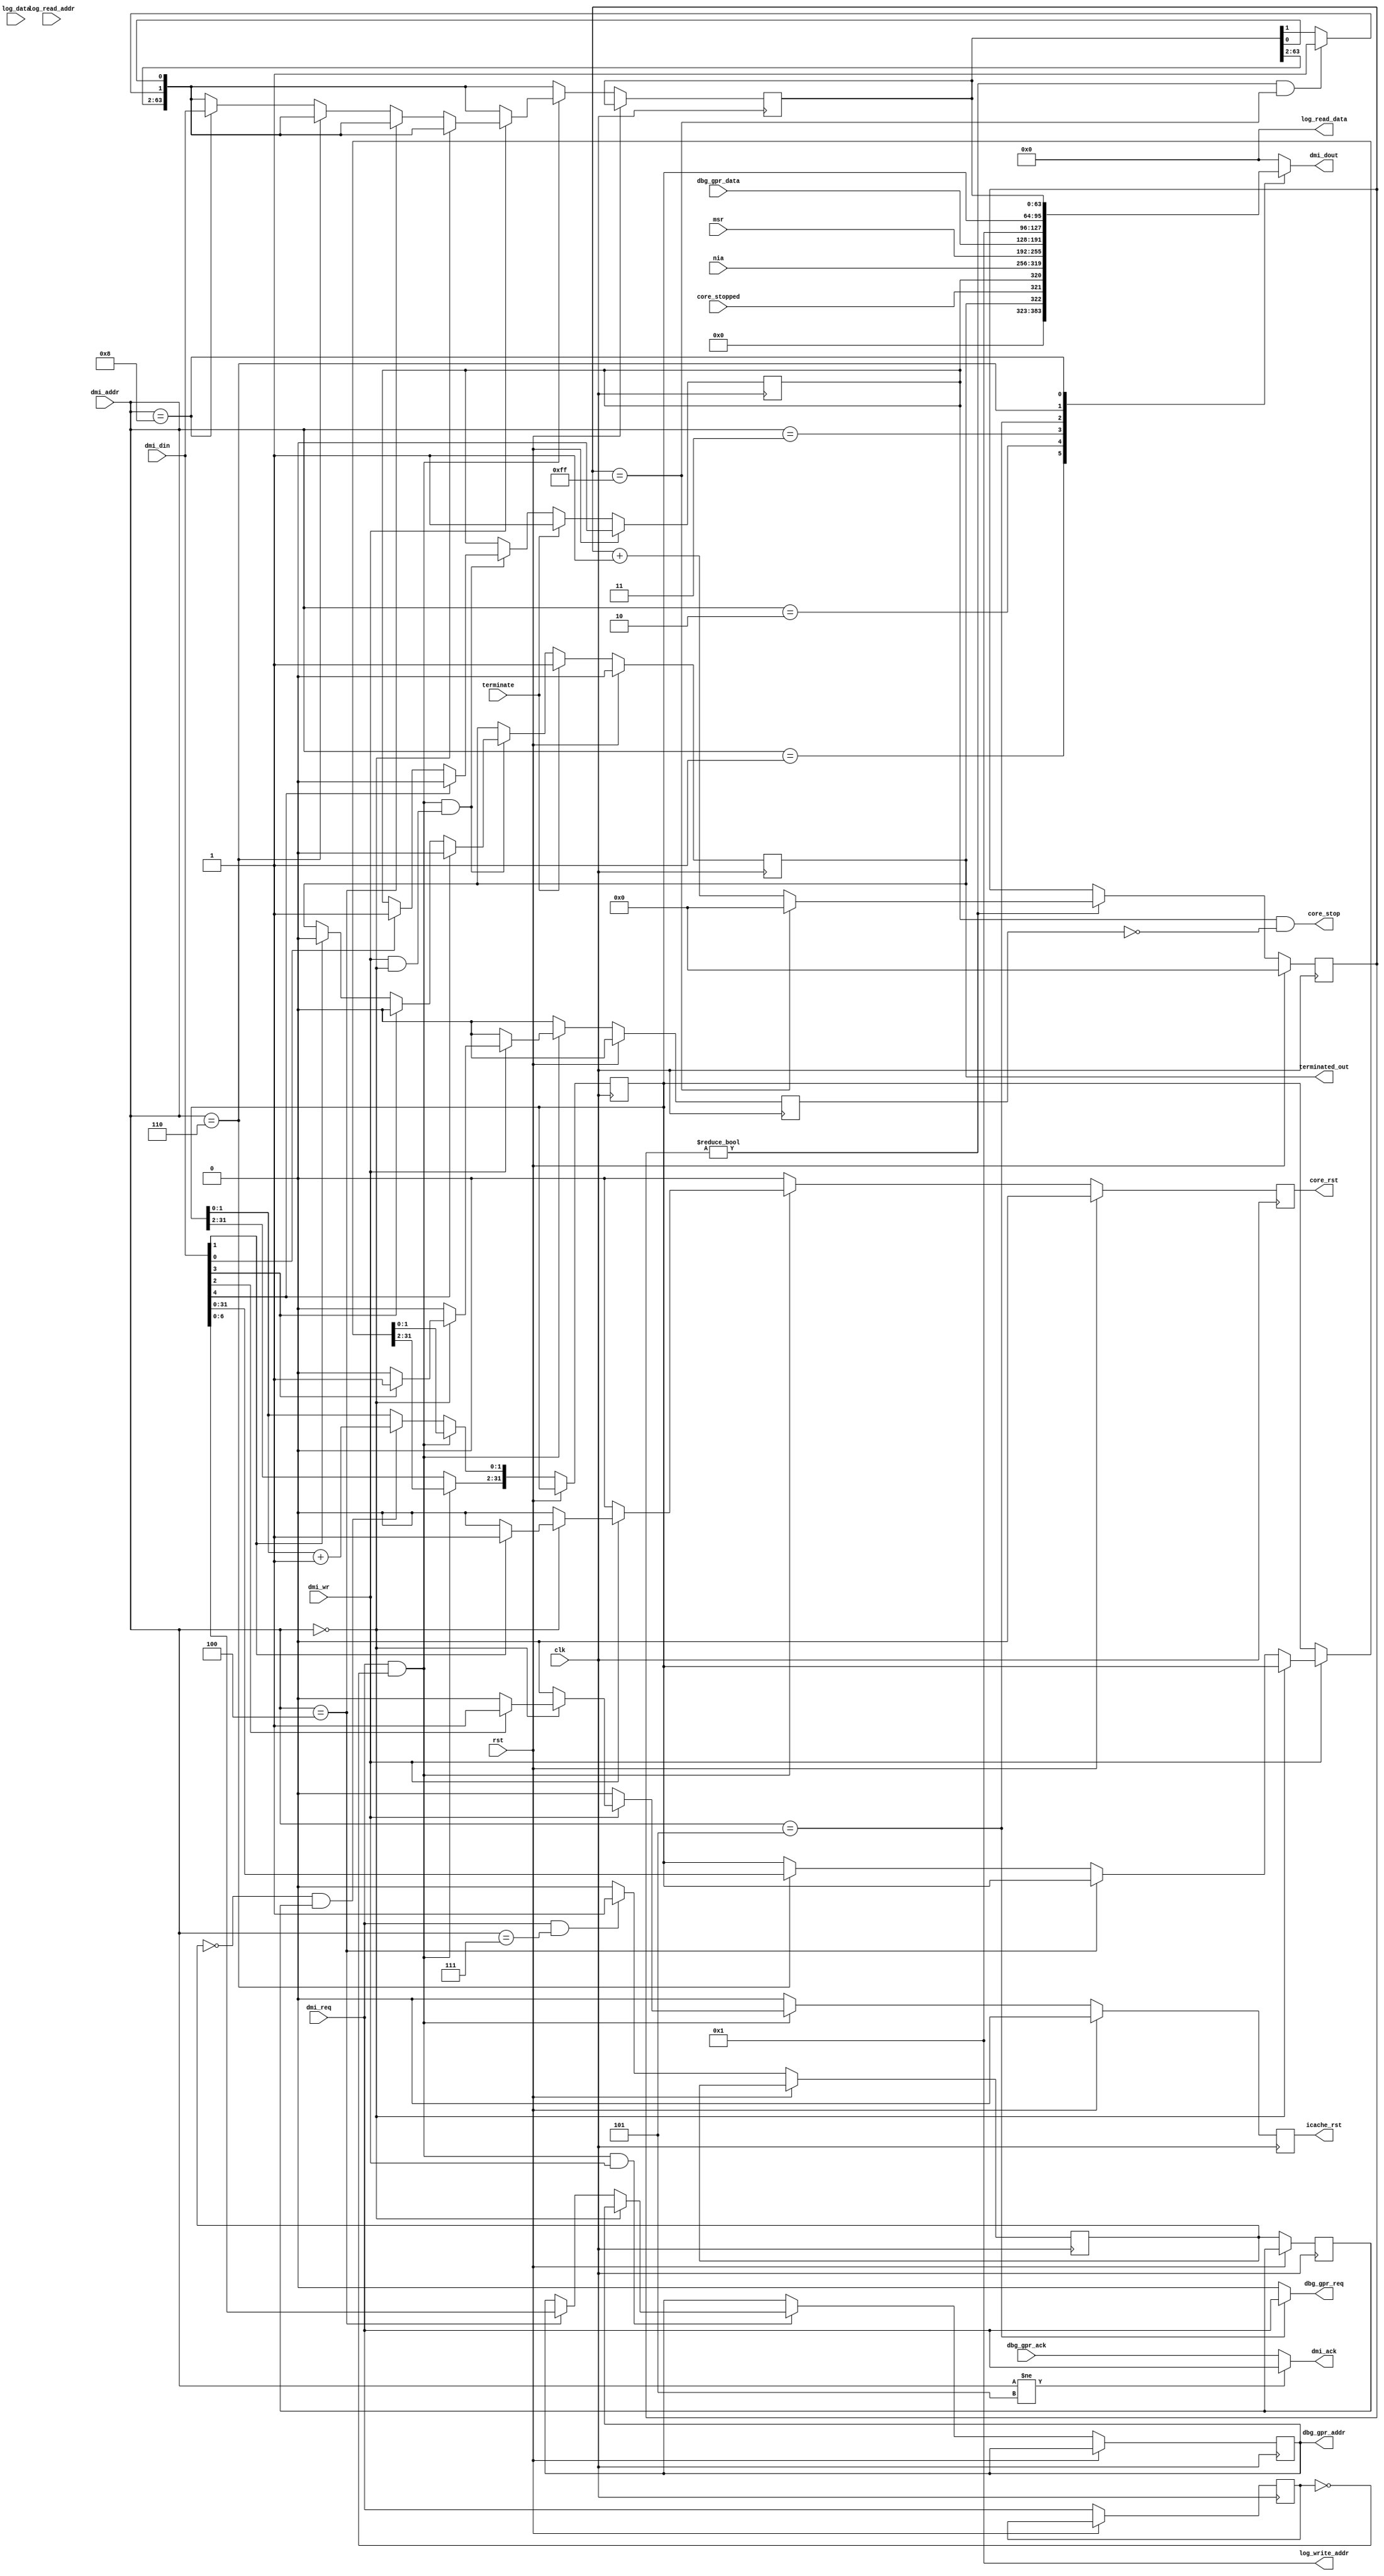
// This program was cloned from: https://github.com/NYU-MLDA/OpenABC
// License: BSD 3-Clause "New" or "Revised" License

module core_debug_0(clk, rst, dmi_addr, dmi_din, dmi_req, dmi_wr, terminate, core_stopped, nia, msr, dbg_gpr_ack, dbg_gpr_data, log_data, log_read_addr, dmi_dout, dmi_ack, core_stop, core_rst, icache_rst, dbg_gpr_req, dbg_gpr_addr, log_read_data, log_write_addr, terminated_out);
  wire _00_;
  wire _01_;
  wire _02_;
  wire _03_;
  wire _04_;
  wire _05_;
  wire _06_;
  wire _07_;
  wire _08_;
  wire _09_;
  wire _10_;
  wire [63:0] _11_;
  wire _12_;
  wire _13_;
  wire _14_;
  wire [31:0] _15_;
  wire _16_;
  wire [7:0] _17_;
  wire _18_;
  wire [7:0] _19_;
  wire _20_;
  wire _21_;
  wire _22_;
  wire _23_;
  wire _24_;
  wire _25_;
  wire _26_;
  wire _27_;
  wire _28_;
  wire _29_;
  wire _30_;
  wire _31_;
  wire _32_;
  wire _33_;
  wire [63:0] _34_;
  wire [31:0] _35_;
  wire [63:0] _36_;
  wire [6:0] _37_;
  wire [31:0] _38_;
  wire [63:0] _39_;
  wire _40_;
  wire _41_;
  wire _42_;
  wire _43_;
  wire _44_;
  wire [6:0] _45_;
  wire [31:0] _46_;
  wire [63:0] _47_;
  wire _48_;
  wire _49_;
  wire _50_;
  wire _51_;
  wire _52_;
  wire [6:0] _53_;
  wire [31:0] _54_;
  wire [63:0] _55_;
  wire _56_;
  wire _57_;
  wire [1:0] _58_;
  wire [1:0] _59_;
  wire _60_;
  wire _61_;
  wire _62_;
  wire _63_;
  wire _64_;
  wire _65_;
  wire [1:0] _66_;
  wire [29:0] _67_;
  wire [63:0] _68_;
  wire _69_;
  wire _70_;
  wire _71_;
  wire _72_;
  wire _73_;
  wire _74_;
  wire _75_;
  wire _76_;
  wire _77_;
  wire _78_;
  wire _79_;
  wire [6:0] _80_;
  wire [31:0] _81_;
  wire [63:0] _82_;
  wire _83_;
  wire _84_;
  wire [7:0] _85_;
  reg _86_;
  reg _87_;
  reg _88_;
  reg _89_;
  reg _90_;
  reg _91_;
  reg [6:0] _92_;
  reg [31:0] _93_ = 32'd0;
  reg [63:0] _94_ = 64'h0000000000000000;
  reg _95_;
  reg _96_;
  reg [7:0] _97_ = 8'h00;
  wire _98_;
  wire _99_;
  input clk;
  wire clk;
  output core_rst;
  wire core_rst;
  output core_stop;
  wire core_stop;
  input core_stopped;
  wire core_stopped;
  input dbg_gpr_ack;
  wire dbg_gpr_ack;
  output [6:0] dbg_gpr_addr;
  wire [6:0] dbg_gpr_addr;
  input [63:0] dbg_gpr_data;
  wire [63:0] dbg_gpr_data;
  output dbg_gpr_req;
  wire dbg_gpr_req;
  output dmi_ack;
  wire dmi_ack;
  input [3:0] dmi_addr;
  wire [3:0] dmi_addr;
  input [63:0] dmi_din;
  wire [63:0] dmi_din;
  output [63:0] dmi_dout;
  wire [63:0] dmi_dout;
  wire dmi_read_log_data;
  wire dmi_read_log_data_1;
  input dmi_req;
  wire dmi_req;
  wire dmi_req_1;
  input dmi_wr;
  wire dmi_wr;
  wire do_icreset;
  wire do_log_trigger;
  wire do_reset;
  wire do_step;
  wire [6:0] gspr_index;
  output icache_rst;
  wire icache_rst;
  input [255:0] log_data;
  wire [255:0] log_data;
  wire [31:0] log_dmi_addr;
  wire [63:0] log_dmi_data;
  wire [63:0] log_dmi_trigger;
  input [31:0] log_read_addr;
  wire [31:0] log_read_addr;
  output [63:0] log_read_data;
  wire [63:0] log_read_data;
  wire [7:0] log_trigger_delay;
  output [31:0] log_write_addr;
  wire [31:0] log_write_addr;
  input [63:0] msr;
  wire [63:0] msr;
  input [63:0] nia;
  wire [63:0] nia;
  input rst;
  wire rst;
  wire [63:0] stat_reg;
  wire stopping;
  input terminate;
  wire terminate;
  wire terminated;
  output terminated_out;
  wire terminated_out;
  assign _00_ = dmi_addr != 4'h5;
  assign _01_ = _00_ ? dmi_req : dbg_gpr_ack;
  assign _02_ = dmi_addr == 4'h5;
  assign _03_ = _02_ ? dmi_req : 1'h0;
  assign _04_ = dmi_addr == 4'h1;
  assign _05_ = dmi_addr == 4'h2;
  assign _06_ = dmi_addr == 4'h3;
  assign _07_ = dmi_addr == 4'h5;
  assign _08_ = dmi_addr == 4'h6;
  assign _09_ = dmi_addr == 4'h7;
  assign _10_ = dmi_addr == 4'h8;
  function [63:0] \26470 ;
    input [63:0] a;
    input [447:0] b;
    input [6:0] s;
    (* parallel_case *)
    casez (s)
      7'b??????1:
        \26470  = b[63:0];
      7'b?????1?:
        \26470  = b[127:64];
      7'b????1??:
        \26470  = b[191:128];
      7'b???1???:
        \26470  = b[255:192];
      7'b??1????:
        \26470  = b[319:256];
      7'b?1?????:
        \26470  = b[383:320];
      7'b1??????:
        \26470  = b[447:384];
      default:
        \26470  = a;
    endcase
  endfunction
  assign _11_ = \26470 (64'h0000000000000000, { log_dmi_trigger, log_dmi_data, 32'h00000001, log_dmi_addr, dbg_gpr_data, msr, nia, stat_reg }, { _10_, _09_, _08_, _07_, _06_, _05_, _04_ });
  assign _12_ = { 24'h000000, log_trigger_delay } != 32'd0;
  assign _13_ = do_log_trigger | _12_;
  assign _14_ = { 24'h000000, log_trigger_delay } == 32'd255;
  assign _15_ = { 24'h000000, log_trigger_delay } + 32'd1;
  assign _16_ = _18_ ? 1'h1 : log_dmi_trigger[1];
  assign _17_ = _14_ ? 8'h00 : _15_[7:0];
  assign _18_ = _13_ & _14_;
  assign _19_ = _13_ ? _17_ : log_trigger_delay;
  assign _20_ = ~ dmi_req_1;
  assign _21_ = dmi_req & _20_;
  assign _22_ = dmi_addr == 4'h0;
  assign _23_ = dmi_din[1] ? 1'h1 : 1'h0;
  assign _24_ = dmi_din[1] ? 1'h0 : terminated;
  assign _25_ = dmi_din[0] ? 1'h1 : stopping;
  assign _26_ = dmi_din[3] ? 1'h1 : 1'h0;
  assign _27_ = dmi_din[3] ? 1'h0 : _24_;
  assign _28_ = dmi_din[2] ? 1'h1 : 1'h0;
  assign _29_ = dmi_din[4] ? 1'h0 : _25_;
  assign _30_ = dmi_din[4] ? 1'h0 : _27_;
  assign _31_ = dmi_addr == 4'h4;
  assign _32_ = dmi_addr == 4'h6;
  assign _33_ = dmi_addr == 4'h8;
  assign _34_ = _33_ ? dmi_din : { log_dmi_trigger[63:2], _16_, log_dmi_trigger[0] };
  assign _35_ = _32_ ? dmi_din[31:0] : log_dmi_addr;
  assign _36_ = _32_ ? { log_dmi_trigger[63:2], _16_, log_dmi_trigger[0] } : _34_;
  assign _37_ = _31_ ? dmi_din[6:0] : gspr_index;
  assign _38_ = _31_ ? log_dmi_addr : _35_;
  assign _39_ = _31_ ? { log_dmi_trigger[63:2], _16_, log_dmi_trigger[0] } : _36_;
  assign _40_ = _60_ ? _29_ : stopping;
  assign _41_ = _22_ ? _26_ : 1'h0;
  assign _42_ = _22_ ? _23_ : 1'h0;
  assign _43_ = _22_ ? _28_ : 1'h0;
  assign _44_ = _64_ ? _30_ : terminated;
  assign _45_ = _22_ ? gspr_index : _37_;
  assign _46_ = _22_ ? log_dmi_addr : _38_;
  assign _47_ = _22_ ? { log_dmi_trigger[63:2], _16_, log_dmi_trigger[0] } : _39_;
  assign _48_ = dmi_wr & _22_;
  assign _49_ = dmi_wr ? _41_ : 1'h0;
  assign _50_ = dmi_wr ? _42_ : 1'h0;
  assign _51_ = dmi_wr ? _43_ : 1'h0;
  assign _52_ = dmi_wr & _22_;
  assign _53_ = _65_ ? _45_ : gspr_index;
  assign _54_ = dmi_wr ? _46_ : log_dmi_addr;
  assign _55_ = dmi_wr ? _47_ : { log_dmi_trigger[63:2], _16_, log_dmi_trigger[0] };
  assign _56_ = ~ dmi_read_log_data;
  assign _57_ = _56_ & dmi_read_log_data_1;
  assign _58_ = log_dmi_addr[1:0] + 2'h1;
  assign _59_ = _57_ ? _58_ : log_dmi_addr[1:0];
  assign _60_ = _21_ & _48_;
  assign _61_ = _21_ ? _49_ : 1'h0;
  assign _62_ = _21_ ? _50_ : 1'h0;
  assign _63_ = _21_ ? _51_ : 1'h0;
  assign _64_ = _21_ & _52_;
  assign _65_ = _21_ & dmi_wr;
  assign _66_ = _21_ ? _54_[1:0] : _59_;
  assign _67_ = _21_ ? _54_[31:2] : log_dmi_addr[31:2];
  assign _68_ = _21_ ? _55_ : { log_dmi_trigger[63:2], _16_, log_dmi_trigger[0] };
  assign _69_ = dmi_addr == 4'h7;
  assign _70_ = dmi_req & _69_;
  assign _71_ = _70_ ? 1'h1 : 1'h0;
  assign _72_ = terminate ? 1'h1 : _40_;
  assign _73_ = terminate ? 1'h1 : _44_;
  assign _74_ = rst ? dmi_req_1 : dmi_req;
  assign _75_ = rst ? 1'h0 : _72_;
  assign _76_ = rst ? 1'h0 : _61_;
  assign _77_ = rst ? 1'h0 : _62_;
  assign _78_ = rst ? 1'h0 : _63_;
  assign _79_ = rst ? 1'h0 : _73_;
  assign _80_ = rst ? gspr_index : _53_;
  assign _81_ = rst ? log_dmi_addr : { _67_, _66_ };
  assign _82_ = rst ? log_dmi_trigger : _68_;
  assign _83_ = rst ? dmi_read_log_data : _71_;
  assign _84_ = rst ? dmi_read_log_data_1 : dmi_read_log_data;
  assign _85_ = rst ? 8'h00 : _19_;
  always @(posedge clk)
    _86_ <= _74_;
  always @(posedge clk)
    _87_ <= _75_;
  always @(posedge clk)
    _88_ <= _76_;
  always @(posedge clk)
    _89_ <= _77_;
  always @(posedge clk)
    _90_ <= _78_;
  always @(posedge clk)
    _91_ <= _79_;
  always @(posedge clk)
    _92_ <= _80_;
  always @(posedge clk)
    _93_ <= _81_;
  always @(posedge clk)
    _94_ <= _82_;
  always @(posedge clk)
    _95_ <= _83_;
  always @(posedge clk)
    _96_ <= _84_;
  always @(posedge clk)
    _97_ <= _85_;
  assign _98_ = ~ do_step;
  assign _99_ = stopping & _98_;
  assign dmi_req_1 = _86_;
  assign stat_reg = { 61'h0000000000000000, terminated, core_stopped, stopping };
  assign stopping = _87_;
  assign do_step = _88_;
  assign do_reset = _89_;
  assign do_icreset = _90_;
  assign terminated = _91_;
  assign gspr_index = _92_;
  assign log_dmi_addr = _93_;
  assign log_dmi_data = 64'h0000000000000000;
  assign log_dmi_trigger = _94_;
  assign do_log_trigger = 1'h0;
  assign dmi_read_log_data = _95_;
  assign dmi_read_log_data_1 = _96_;
  assign log_trigger_delay = _97_;
  assign dmi_dout = _11_;
  assign dmi_ack = _01_;
  assign core_stop = _99_;
  assign core_rst = do_reset;
  assign icache_rst = do_icreset;
  assign dbg_gpr_req = _03_;
  assign dbg_gpr_addr = gspr_index;
  assign log_read_data = 64'h0000000000000000;
  assign log_write_addr = 32'd1;
  assign terminated_out = terminated;
endmodule